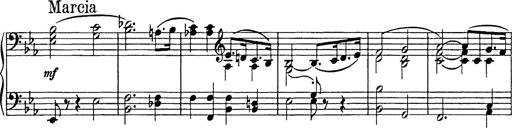
Title: Festmarsch zur SÃ¤cularfeier von Goethes Geburtstag
Composer: Franz Liszt